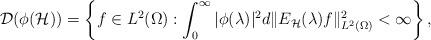
LaTeX: \begin{align*}\mathcal D ( \phi(\mathcal{H})) =\left\{ f \in L^2 (\Omega) :\int^\infty_{0}|\phi (\lambda)|^2 d \| E_{\mathcal{H}} (\lambda) f \|_{L^2 (\Omega)} ^2 < \infty\right\},\end{align*}